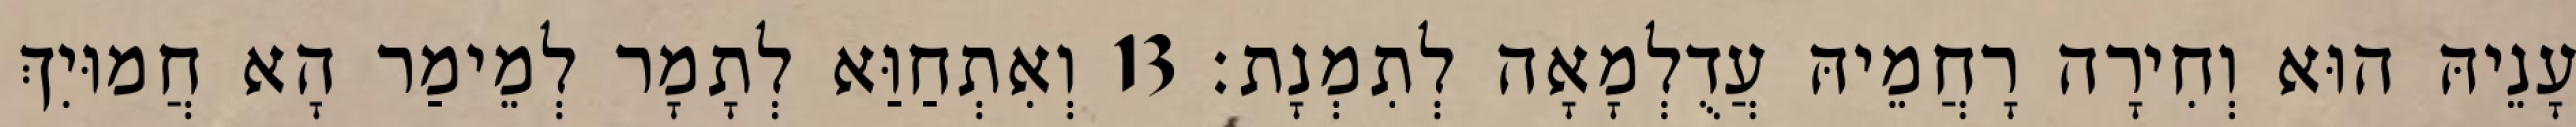
עָנֵיהּ הוּא וְחִירָה רָחֲמֵיהּ עֲדֻלְמָאָה לְתִמְנָת׃ 13 וְאִתְחַוַּא לְתָמָר לְמֵימַר הָא חֲמוּיִךְ